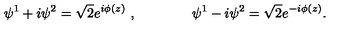
\psi ^ { 1 } + i \psi ^ { 2 } = \sqrt 2 e ^ { i \phi ( z ) } \ , \qquad \qquad \psi ^ { 1 } - i \psi ^ { 2 } = \sqrt 2 e ^ { - i \phi ( z ) } .